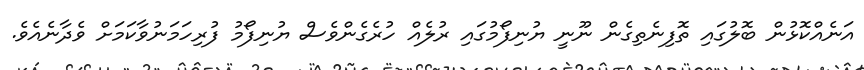
އަނެއްކޮޅުން ބޮލުގައި ތޮފިނެތިގެން ނޫނީ ޔުނިފޯމުގައި ރުލެއް ހުރެގެންވެސް ޔުނިފޯމު ފުރިހަމަނުވާކަމަށް ވެދާނެއެވެ.